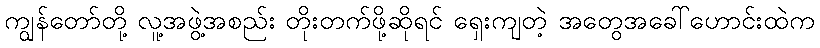
ကျွန်တော်တို့ လူ့အဖွဲ့အစည်း တိုးတက်ဖို့ဆိုရင် ရှေးကျတဲ့ အတွေအခေါ်ဟောင်းထဲက